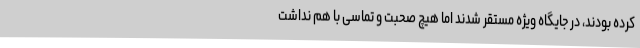
کرده بودند، در جایگاه ویژه مستقر شدند اما هیچ صحبت و تماسی با هم نداشت